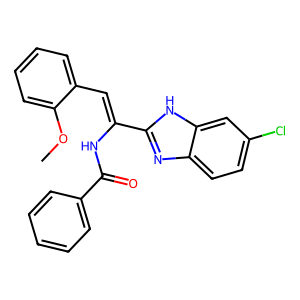
SMILES: COc1ccccc1C=C(NC(=O)c1ccccc1)c1nc2ccc(Cl)cc2[nH]1
Inhibits HIV replication: No